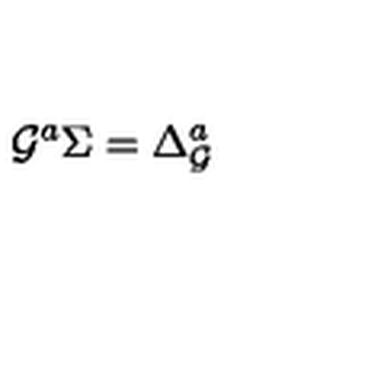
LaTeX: { \cal G } ^ { a } \Sigma = \Delta _ { \cal G } ^ { a }